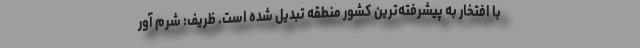
با افتخار به پیشرفته‌‌ترین کشور منطقه تبدیل شده است. ظریف: شرم آور